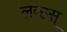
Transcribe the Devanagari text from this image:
लव्ह्स्